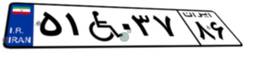
۵۱W۰۳۷۸۶